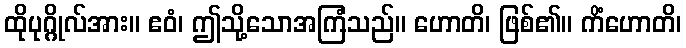
ထိုပုဂ္ဂိုလ်အား။ ဧဝံ၊ ဤသို့သောအကြံသည်။ ဟောတိ၊ ဖြစ်၏။ ကိံဟောတိ၊